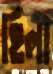
হিলা